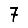
Digit: 7